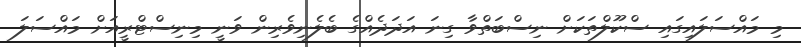
މި މައްސަލައިގައި ސްކޫލްތަކަށް ނިސްބަތްވާ ގިނަ އަދަދެއްގެ ބެލެނިވެރިން ވަނީ މިނިސްޓްރީއަށް މައްސަލަ